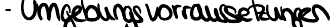
- Umgebungsvoraussetzungen